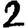
Digit: 2